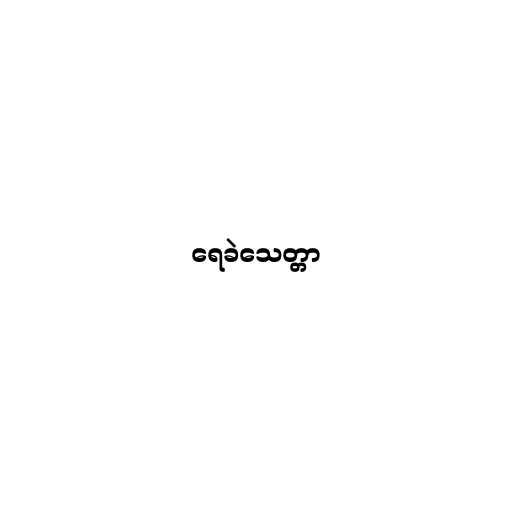
ရေခဲသေတ္တာ